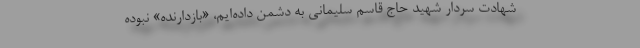
شهادت سردار شهید حاج قاسم سلیمانی به دشمن داده‌ایم، «بازدارنده» نبوده